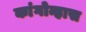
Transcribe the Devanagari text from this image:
कांगोन्हास